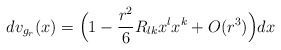
\begin{align*} dv_{g_r}(x)=\Bigl(1-\frac{r^2}{6}R_{lk}x^l x^k + O(r^3) \Bigr)dx \end{align*}